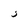
Character: 3